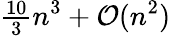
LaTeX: {\begin{array}{l}{{\frac{10}{3}}}\end{array}}n^{3}+{\mathcal{O}}(n^{2})